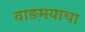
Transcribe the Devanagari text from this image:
वाङ़मयाचा